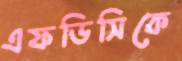
এফডিসিকে